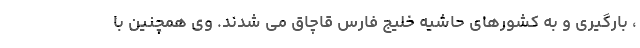
، بارگیری و به کشورهای حاشیه خلیج فارس قاچاق می شدند. وی همچنین با